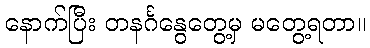
နောက်ပြီး တနင်္ဂနွေတွေ့မှ မတွေ့ရတာ။